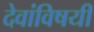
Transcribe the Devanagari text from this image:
देवांविषयी